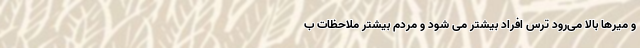
و میرها بالا می‌رود ترس افراد بیشتر می شود و مردم بیشتر ملاحظات ب